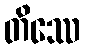
တိဿေ